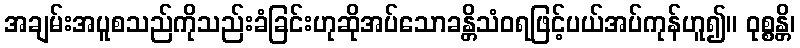
အချမ်းအပူစသည်ကိုသည်းခံခြင်းဟုဆိုအပ်သောခန္တိသံဝရဖြင့်ပယ်အပ်ကုန်ဟူ၍။ ဝုစ္စန္တိ၊